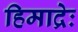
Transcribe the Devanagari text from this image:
हिमाद्रेः